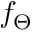
f _ { \Theta }